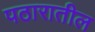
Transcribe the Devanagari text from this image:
पठारातील